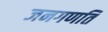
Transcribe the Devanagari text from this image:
जनगणति